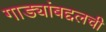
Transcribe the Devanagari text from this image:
गाड्यांबद्दलची